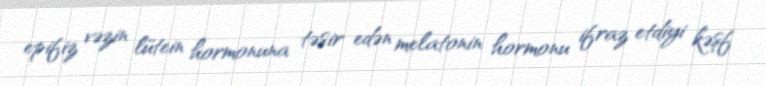
epifiz vəzin lütein hormonuna təsir edən melatonin hormonu ifraz etdiyi kəşf